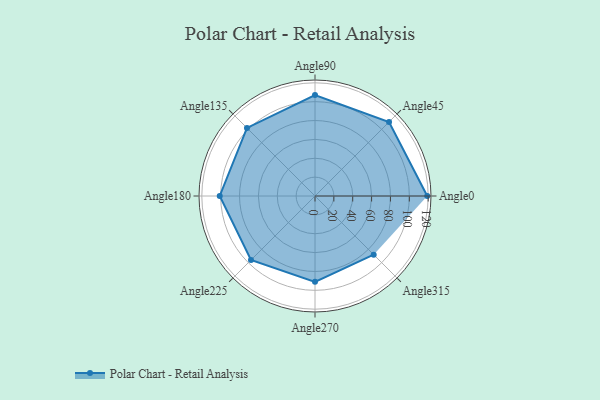
{"axis": {"x": "Angle", "y": "Radius"}, "legend": [""], "data": [{"x": "Angle0", "y": 119.0, "type": ""}, {"x": "Angle45", "y": 111.0, "type": ""}, {"x": "Angle90", "y": 107.0, "type": ""}, {"x": "Angle135", "y": 102.0, "type": ""}, {"x": "Angle180", "y": 101.0, "type": ""}, {"x": "Angle225", "y": 96.0, "type": ""}, {"x": "Angle270", "y": 91.0, "type": ""}, {"x": "Angle315", "y": 88.0, "type": ""}]}